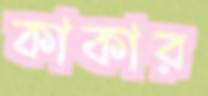
কাকার